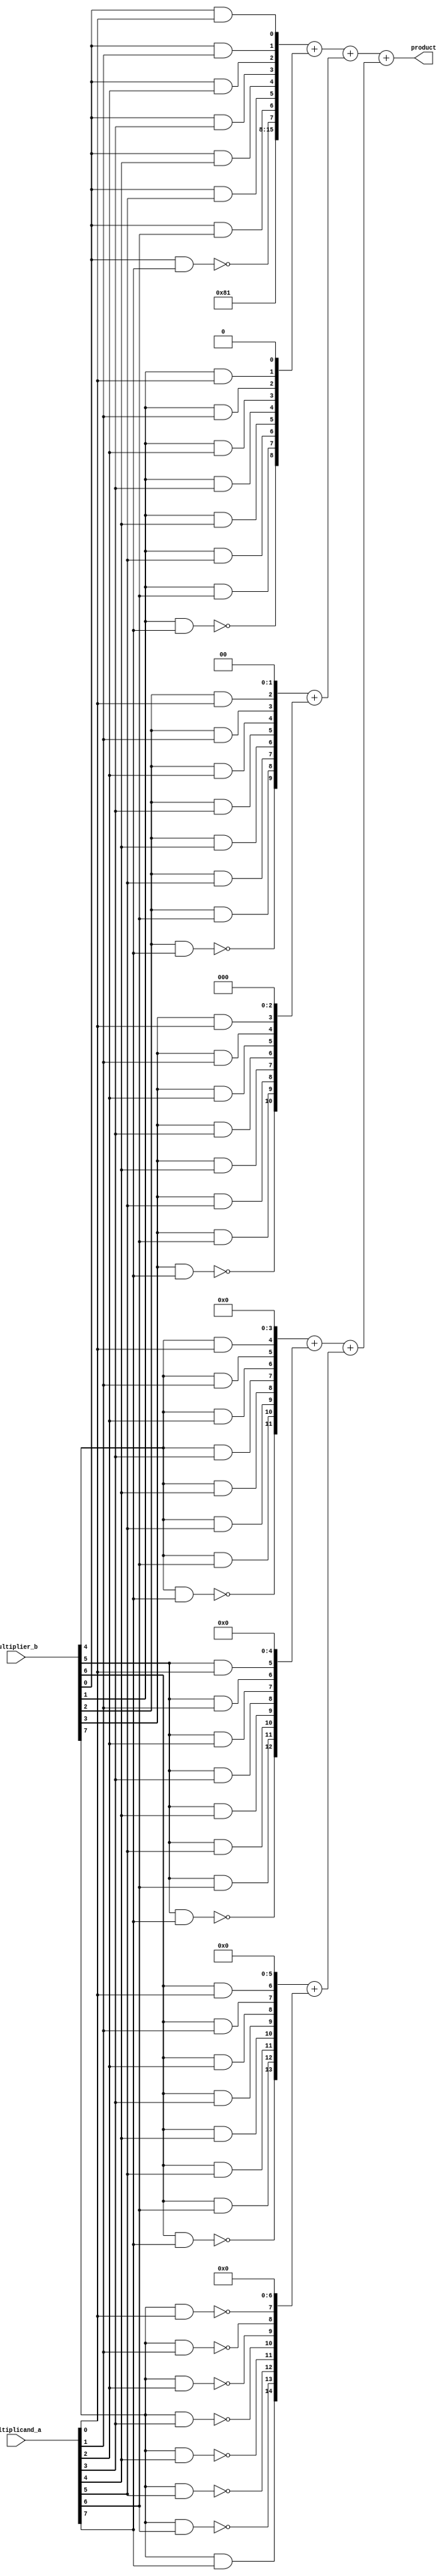
module multiply8_signed_structural(product, multiplicand_a, multiplier_b);
   input [7:0] multiplicand_a, multiplier_b;
   output [15:0] product;

   reg [7:0] 	 b_a[7:0]; // b_a[i][j] - multiplier_b[j] & multiplicand_a[i]
   integer i, j;
   
   always @ *
     begin
	for(i = 0; i < 7; i = i + 1)
	  for(j=0; j < 7; j = j + 1)
	    b_a[j][i] = multiplier_b[j] & multiplicand_a[i];

	for(i = 0; i < 7; i = i + 1)
	  b_a[7][i] = ~(multiplier_b[7] & multiplicand_a[i]);

	for(j = 0; j < 7; j = j + 1)
	  b_a[j][7] = ~(multiplier_b[j] & multiplicand_a[7]);

	b_a[7][7] = multiplier_b[7] & multiplicand_a[7];
     end

   assign product =
		 (({1'b1, 6'b0, 1'b1, b_a[0][7], b_a[0][6:0]         }   +
		   {         7'b0,          b_a[1][7], b_a[1][6:0], 1'b0})  +
		  ({         6'b0,          b_a[2][7], b_a[2][6:0], 2'b0}   +
		   {         5'b0,          b_a[3][7], b_a[3][6:0], 3'b0})) +
		 (({         4'b0,          b_a[4][7], b_a[4][6:0], 4'b0}    +
		   {         3'b0,          b_a[5][7], b_a[5][6:0], 5'b0})   +
		  ({         2'b0,          b_a[6][7], b_a[6][6:0], 6'b0}    +
		   {1'b0,                   b_a[7][7], b_a[7][6:0], 7'b0}));
        
endmodule // multiply8_signed_structural